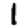
Digit: 1